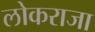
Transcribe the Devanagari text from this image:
लोकराजा